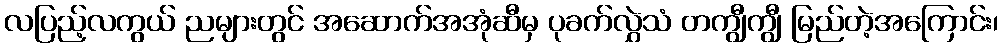
လပြည့်လကွယ် ညများတွင် အဆောက်အအုံဆီမှ ပုခက်လွှဲသံ တကျွီကျွီ မြည်တဲ့အကြောင်း၊